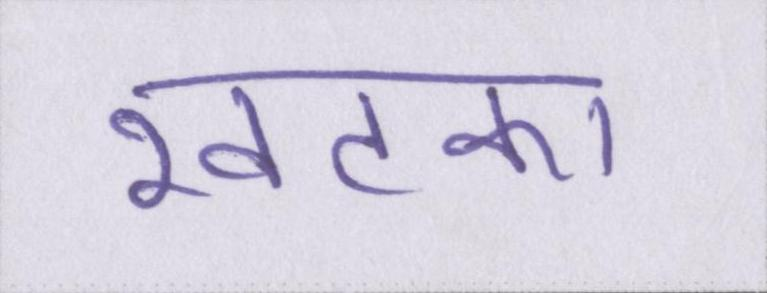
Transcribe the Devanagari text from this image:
खटका